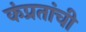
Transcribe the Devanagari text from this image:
कंप्रतांची